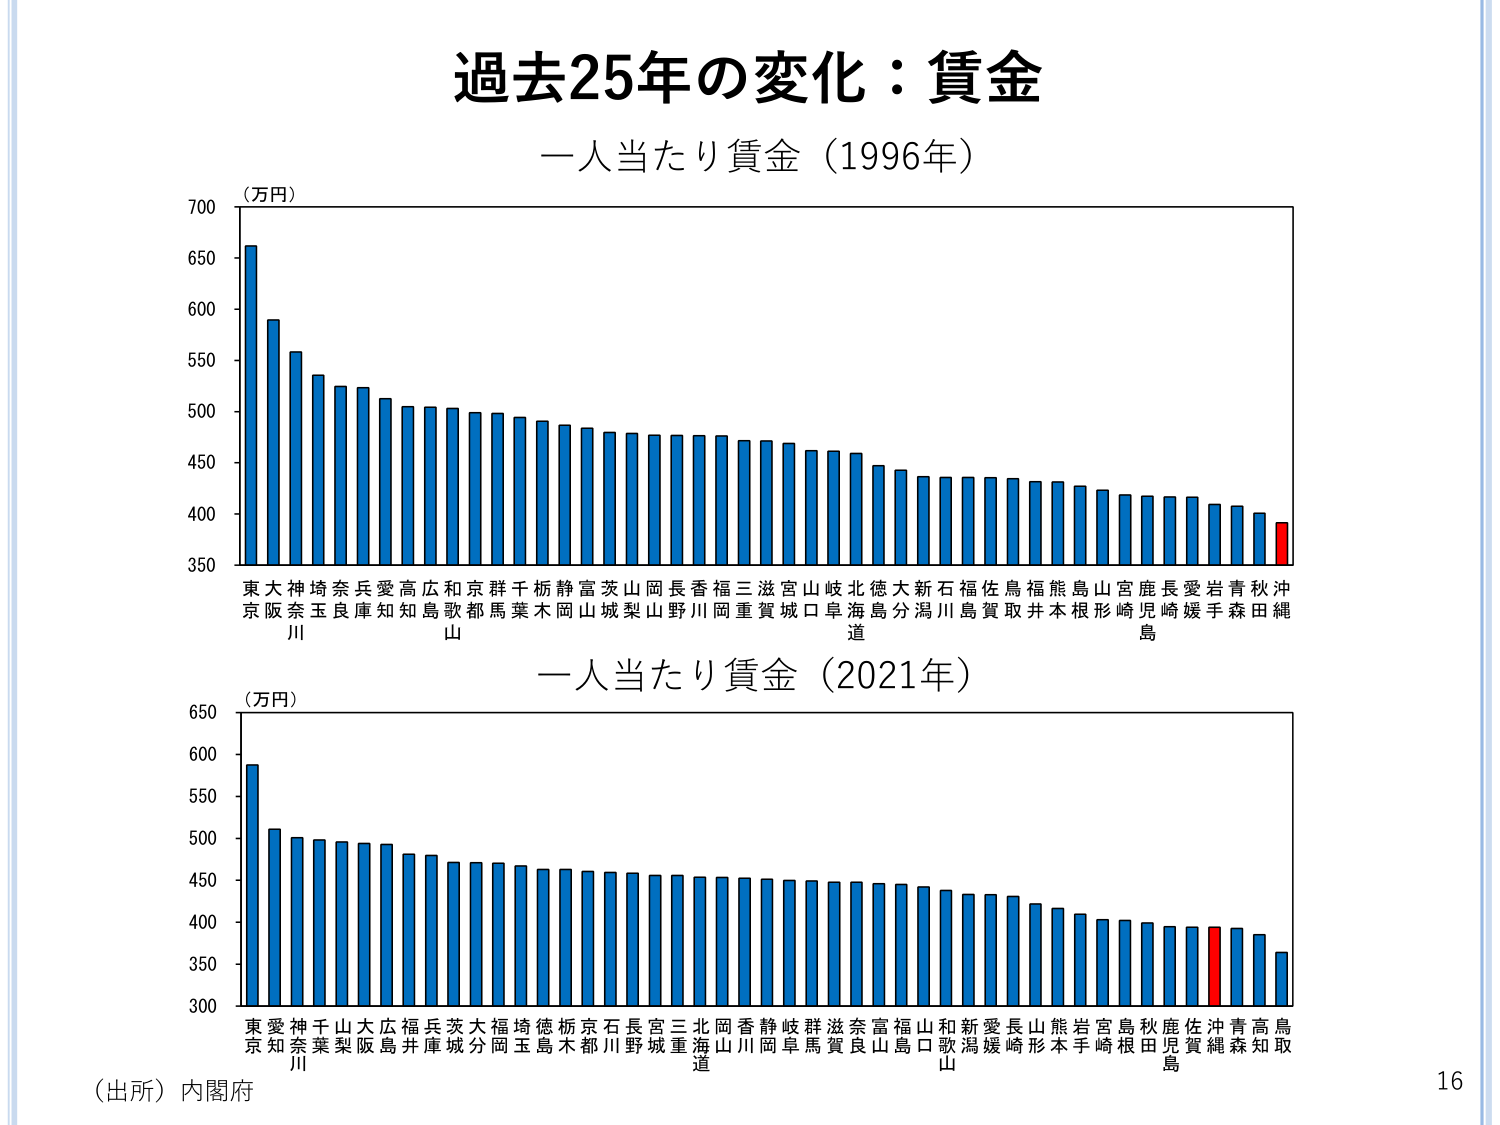
過去25年の変化：賃金
一人当たり賃金（1996年）
（万円）
700
650
600
550
500
450
400
350
東京
大阪
神奈川
埼玉
奈良
兵庫
愛知
高知
広島
和歌山
京都
群馬
千葉
栃木
静岡
富山
茨城
山梨
岡山
長野
香川
福岡
三重
滋賀
宮城
山口
岐阜
北海道
徳島
大分
新潟
石川
福島
佐賀
鳥取
福井
熊本
島根
山形
宮崎
鹿児島
長崎
愛媛
岩手
青森
秋田
沖縄
一人当たり賃金（2021年）
（万円）
650
600
550
500
450
400
350
300
東京
愛知
神奈川
千葉
山梨
大阪
広島
福井
兵庫
茨城
大分
福岡
埼玉
徳島
栃木
京都
石川
長野
宮城
三重
北海道
岡山
香川
静岡
岐阜
群馬
滋賀
奈良
富山
福島
山口
和歌山
新潟
愛媛
長崎
山形
熊本
岩手
宮崎
島根
秋田
鹿児島
佐賀
沖縄
青森
高知
鳥取
（出所）内閣府
16